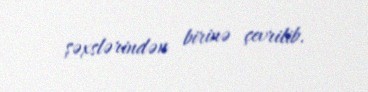
şəxslərindən birinə çevrilib.